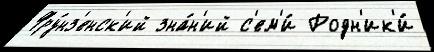
Фру́нз'енск'ий зна́н'ий с'ем'и́ Родн'ик'и́